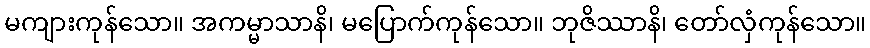
မကျားကုန်သော။ အကမ္မာသာနိ၊ မပြောက်ကုန်သော။ ဘုဇိဿာနိ၊ တော်လှံကုန်သော။